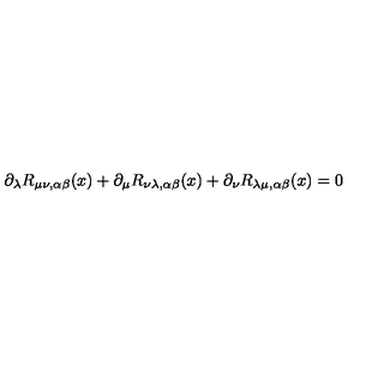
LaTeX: \partial _ { \lambda } R _ { \mu \nu , \alpha \beta } ( x ) + \partial _ { \mu } R _ { \nu \lambda , \alpha \beta } ( x ) + \partial _ { \nu } R _ { \lambda \mu , \alpha \beta } ( x ) = 0